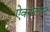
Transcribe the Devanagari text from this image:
ऐक्सेलेन्ट